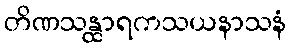
တိဏသန္ထာရကသယနာသနံ